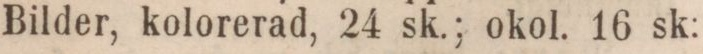
Bilder, kolorerad, 24 sk.; okol. 16 sk: